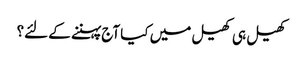
کھیل ہی کھیل میں کیا آج پہننے کے لئے؟